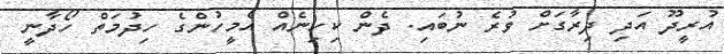
އުރީދޫ އަދި ދިރާގަށް ވުރެ ނުބައި. ދެން ކިހިނެއް އެމީހުންގެ ހިދުމަތް ހޯދާނީ